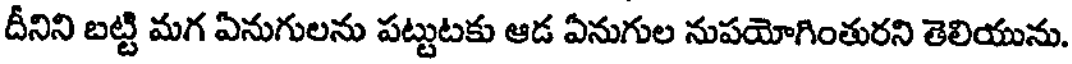
దీనిని బట్టి మగ ఏనుగులను పట్టుటకు ఆడ ఏనుగుల నుపయోగింతురని తెలియును